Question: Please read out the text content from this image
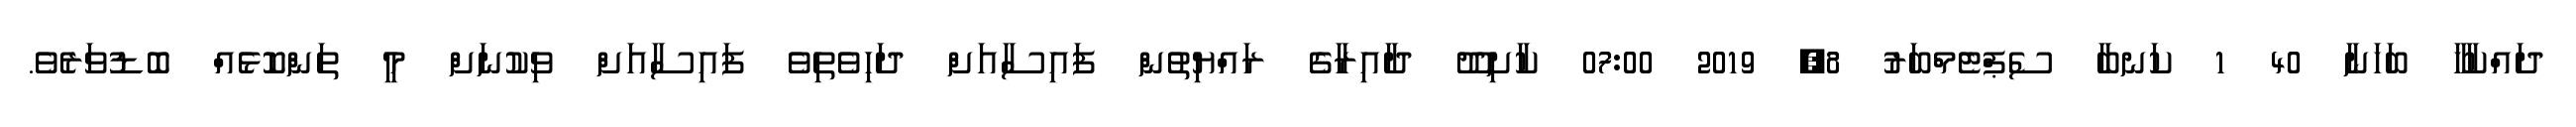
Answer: ދައްކާހާ ބަހަނާ 40 1 ކަނބާ ސެޕްޓެމްބަރު 8, 2019 07:00 ކާށިދޫ ދާއިރާގެ ރައްޔިތުން ފައިސާއަށް ދަހިވެތިވެ ފައިސާއަށް ވިކުނަށް މީ ތަންކޮޅެއް ބޮޑުވަރެވެ.